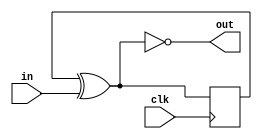
module net(out, in, clk);
    output out;
    input   in;
    input  clk;
    reg      s;

    initial s = 0;

    always @(posedge clk) begin
        s <= s ^ in;
    end

    assign out = ~(s ^ in);


endmodule